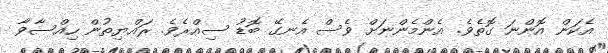
އެކަން އޮންނަ ގޮތެވެ. އެންމެންނަށް ވެސް އެނގޭ ބޮޑު ސިއްރެވެ. ރައްޔިތުން ހިއްސާވާ